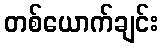
တစ်ယောက်ချင်း